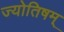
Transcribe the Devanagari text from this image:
ज्योतिषम्